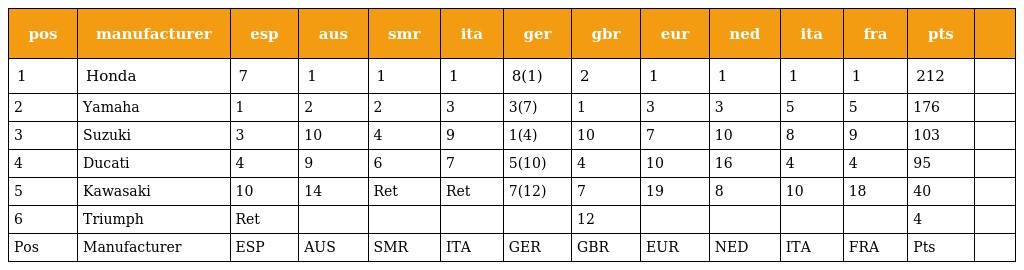
| pos | manufacturer | esp | aus | smr | ita | ger | gbr | eur | ned | ita | fra | pts |  |
 | --- | --- | --- | --- | --- | --- | --- | --- | --- | --- | --- | --- | --- | --- |
 | 1 | Honda | 7 | 1 | 1 | 1 | 8(1) | 2 | 1 | 1 | 1 | 1 | 212 |  |
 | 2 | Yamaha | 1 | 2 | 2 | 3 | 3(7) | 1 | 3 | 3 | 5 | 5 | 176 |  |
 | 3 | Suzuki | 3 | 10 | 4 | 9 | 1(4) | 10 | 7 | 10 | 8 | 9 | 103 |  |
 | 4 | Ducati | 4 | 9 | 6 | 7 | 5(10) | 4 | 10 | 16 | 4 | 4 | 95 |  |
 | 5 | Kawasaki | 10 | 14 | Ret | Ret | 7(12) | 7 | 19 | 8 | 10 | 18 | 40 |  |
 | 6 | Triumph | Ret |  |  |  |  | 12 |  |  |  |  | 4 |  |
 | Pos | Manufacturer | ESP | AUS | SMR | ITA | GER | GBR | EUR | NED | ITA | FRA | Pts |  |